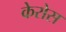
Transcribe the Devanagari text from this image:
केरोस